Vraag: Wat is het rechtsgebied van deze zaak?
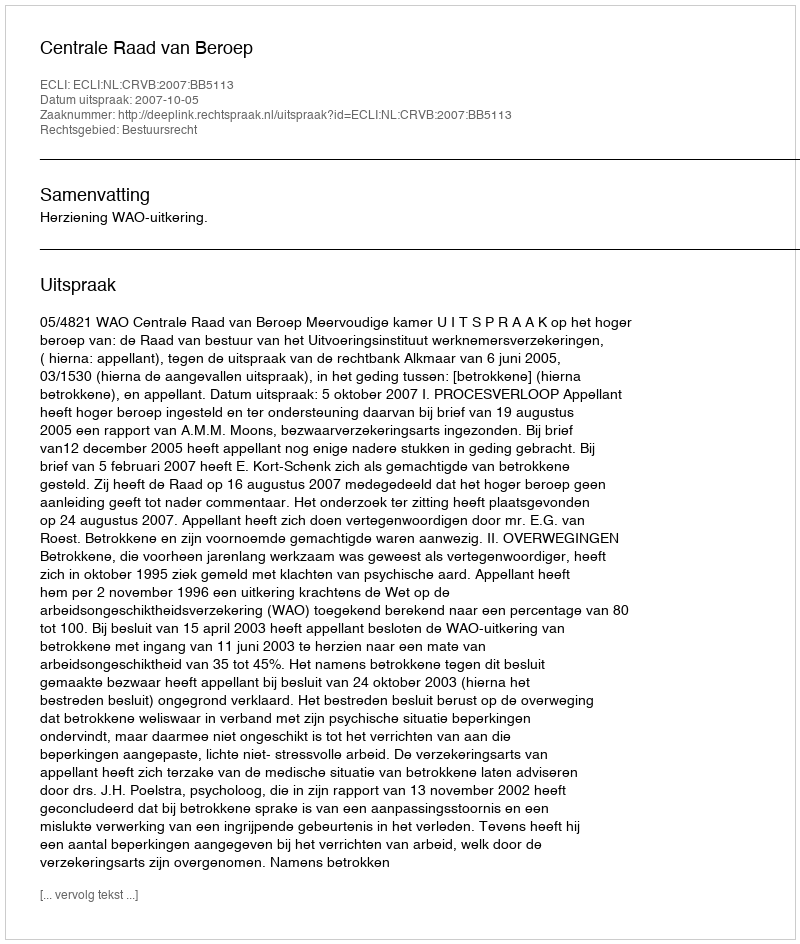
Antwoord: Bestuursrecht